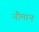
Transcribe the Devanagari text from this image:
नौमान